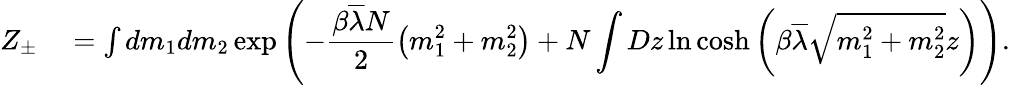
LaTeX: \begin{array}{rl}{Z_{\pm}}&{{}=\int dm_{1}dm_{2}\exp\left(-\displaystyle\frac{\beta\overline{{\lambda}}N}{2}\left(m_{1}^{2}+m_{2}^{2}\right)+N\int Dz\ln\cosh\left(\beta\overline{{\lambda}}\sqrt{m_{1}^{2}+m_{2}^{2}}z\right)\right).}\end{array}